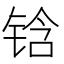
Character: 𰾅